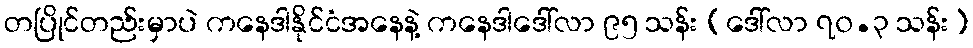
တပြိုင်တည်းမှာပဲ ကနေဒါနိုင်ငံအနေနဲ့ ကနေဒါဒေါ်လာ ၉၅ သန်း (ဒေါ်လာ ၇၀.၃ သန်း)